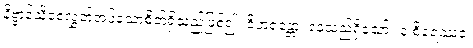
နိဗ္ဗာန်သို့စေလွှတ်အပ်သောစိတ်ရှိသည်ဖြစ်၍။ ဝိဟရန္တော၊ နေသည်ရှိသော်။ န စိရေဿဝ၊